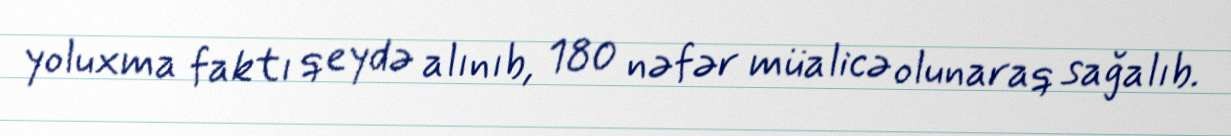
yoluxma faktı qeydə alınıb, 180 nəfər müalicə olunaraq sağalıb.